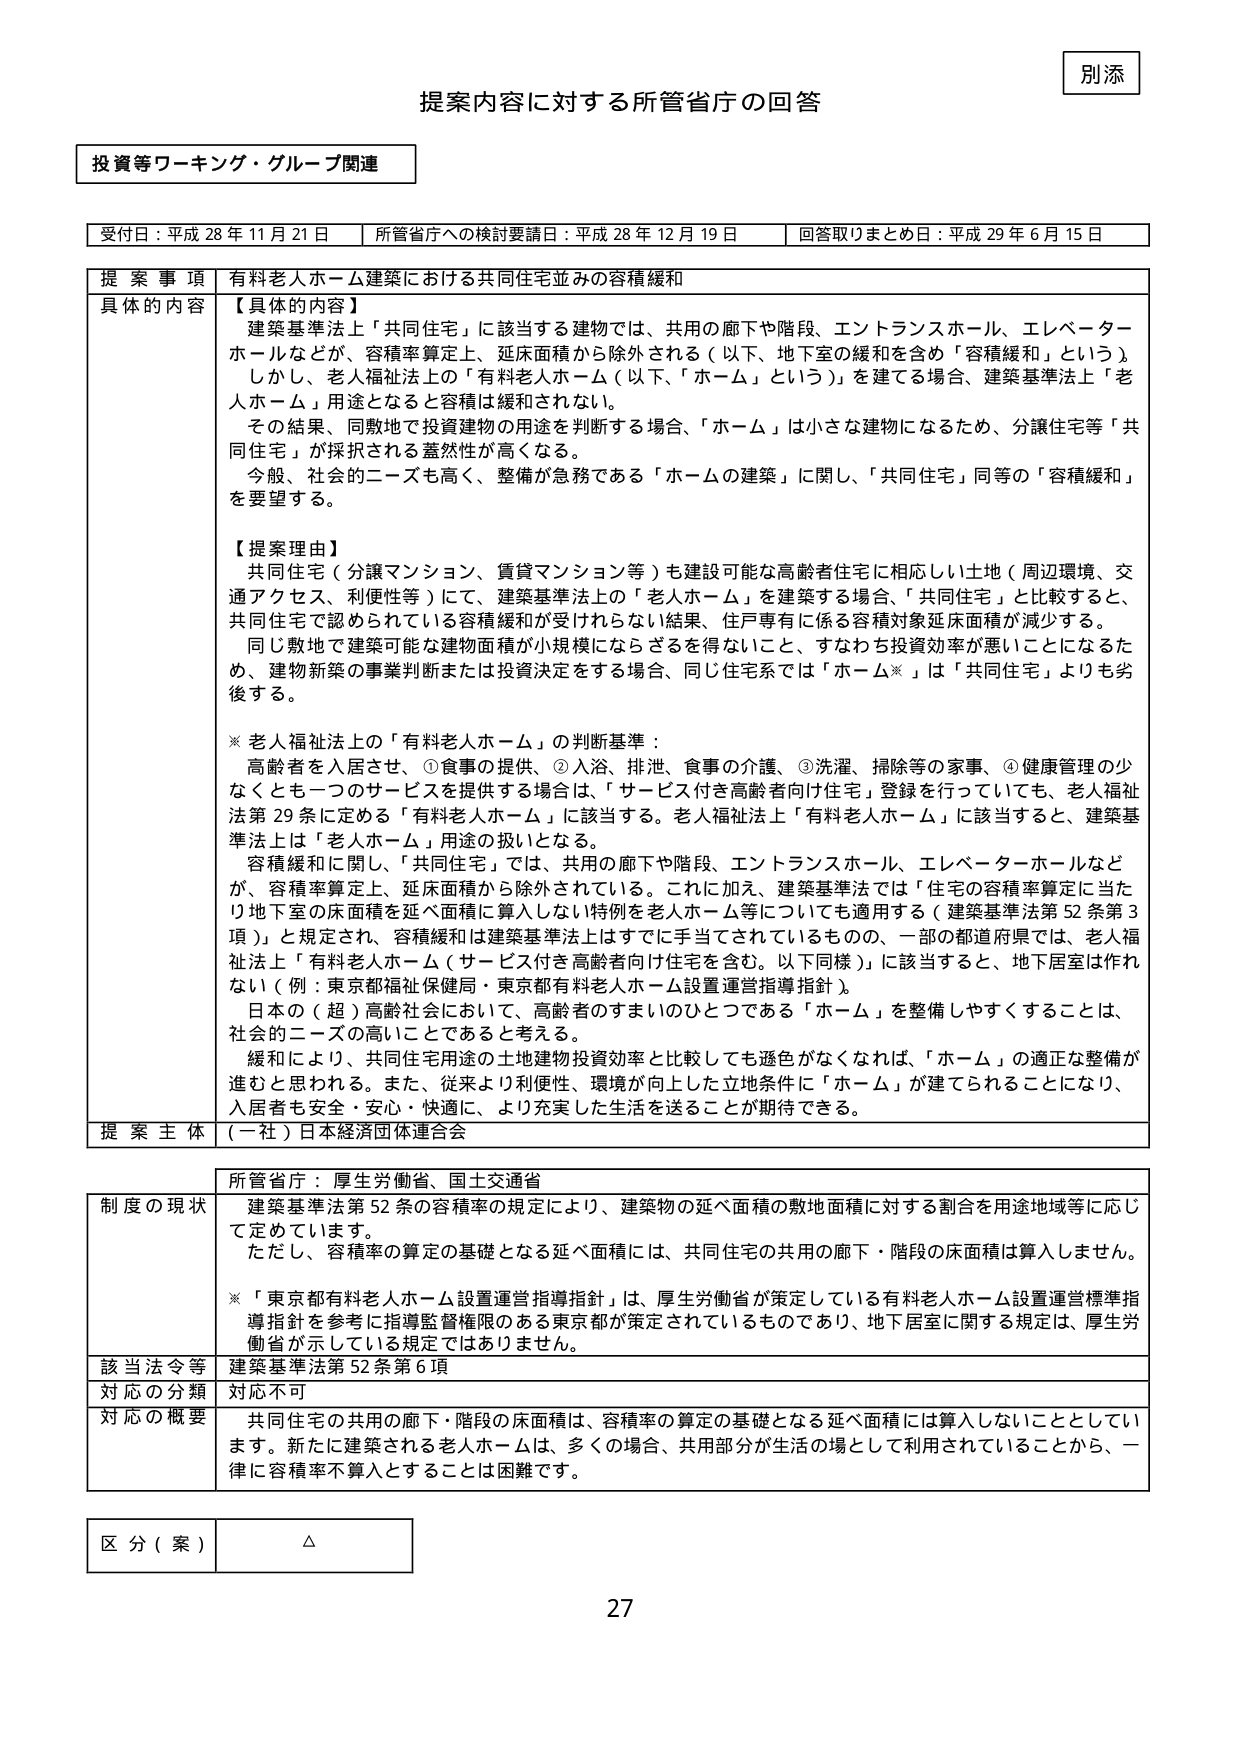
別添

提案内容に対する所管省庁の回答

投資等ワーキング・グループ関連

受付日：平成28年11月21日　所管省庁への検討要請日：平成28年12月19日　回答取りまとめ日：平成29年6月15日

提 案 事 項　有料老人ホーム建築における共同住宅並みの容積緩和

具体的 内容　【具体的な内容】
建築基準法上「共同住宅」に該当する建物では、共用の廊下や階段、エントランスホール、エレベーターホールなどが、容積率算定上、延床面積から除外される（以下、地下室の緩和を含め「容積緩和」という）。
しかし、老人福祉法上の「有料老人ホーム（以下、「ホーム」という）」を建てる場合、建築基準法上「老人ホーム」用途となると容積は緩和されない。
その結果、同敷地で投資建物の用途を判断する場合、「ホーム」は小さな建物になるため、分譲住宅等「共同住宅」が採択される蓋然性が高くなる。
今般、社会的ニーズも高く、整備が急務である「ホームの建築」に関し、「共同住宅」同等の「容積緩和」を要望する。

【提案理由】
共同住宅（分譲マンション、賃貸マンション等）も建設可能な高齢者住宅に相応しい土地（周辺環境、交通アクセス、利便性等）にて、建築基準法上の「老人ホーム」を建築する場合、「共同住宅」と比較すると、共同住宅で認められている容積緩和が受けられない結果、住戸専有に係る容積対象延床面積が減少する。
同じ敷地で建築可能な建物面積が小規模にならざるを得ないこと、すなわち投資効率が悪いことになるため、建物新築の事業判断または投資決定をする場合、同じ住宅系では「ホーム※」は「共同住宅」よりも劣後する。

※ 老人福祉法上の「有料老人ホーム」の判断基準：
高齢者を入居させ、①食事の提供、②入浴、排泄、食事の介護、③洗濯、掃除等の家事、④健康管理の少なくとも一つのサービスを提供する場合で、「サービス付き高齢者向け住宅」登録を行っていなくても、老人福祉法第29条に定める「有料老人ホーム」に該当する。老人福祉法上「有料老人ホーム」に該当すると、建築基準法上は「老人ホーム」用途の扱いとなる。
容積緩和に関して、「共同住宅」では、共用の廊下や階段、エントランスホール、エレベーターホールなどが、容積率算定上、延床面積から除外されている。これに加え、建築基準法では「住宅の容積率算定に当たり地下室の床面積を延べ面積に算入しない特例を老人ホーム等についても適用する（建築基準法第52条第3項）」と規定され、容積緩和は建築基準法上はすでに手当てされているものの、一部の都道府県では、老人福祉法上「有料老人ホーム（サービス付き高齢者向け住宅を含む。以下同様）」に該当すると、地下居室は作れない（例：東京都福祉保健局・東京都有料老人ホーム設置運営指導指針）。
日本の（超）高齢社会において、高齢者のすまいのひとつである「ホーム」を整備しやすくすることは、社会的ニーズの高いことであると考える。
緩和により、共同住宅用途の土地建物投資効率と比較しても遜色がなくなれば、「ホーム」の適正な整備が進むと思われる。また、従来より利便性、環境が向上した立地条件に「ホーム」が建てられることになり、入居者も安全・安心・快適に、より充実した生活を送ることが期待できる。

提 案 主 体　（一社）日本経済団体連合会

所管省庁：厚生労働省、国土交通省

制度の現状　建築基準法第52条の容積率の規定により、建築物の延べ面積の敷地面積に対する割合を用途地域等に応じて定めています。
ただし、容積率の算定の基礎となる延べ面積には、共同住宅の共用の廊下・階段の床面積は算入しません。
※「東京都有料老人ホーム設置運営指導指針」は、厚生労働省が策定している有料老人ホーム設置運営標準指導指針を参考に指導監督権限のある東京都が策定されているものであり、地下居室に関する規定は、厚生労働省が示している規定ではありません。

該当法令等　建築基準法第52条第6項

対応の分類　対応不可

対応の概要　共同住宅の共用の廊下・階段の床面積は、容積率の算定の基礎となる延べ面積には算入しないこととしています。新たに建築される老人ホームは、多くの場合、共用部分が生活の場として利用されていることから、一律に容積率不算入とすることは困難です。

区 分（案）　△

27